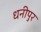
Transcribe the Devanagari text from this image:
धनीपुर